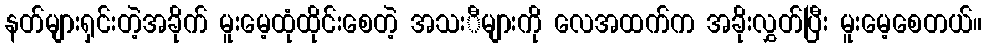
နတ်များရှင်းတဲ့အခိုက် မူးမေ့ထုံထိုင်းစေတဲ့ အသးီများကို လေအထက်က အခိုးလွှတ်ပြီး မူးမေ့စေတယ်။